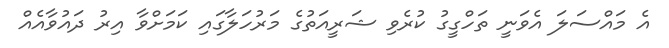
އެ މައްސަލަ އެވަނީ ތަހްގީގު ކުރެވި ޝަރީއަތުގެ މަރުހަލާގައި ކަމަށްވާ އިރު ދައުވާއެއް